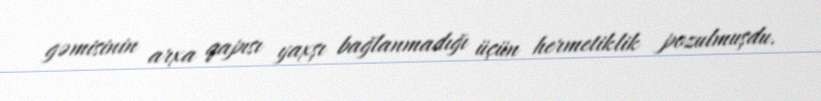
gəmisinin arxa qapısı yaxşı bağlanmadığı üçün hermetiklik pozulmuşdu.